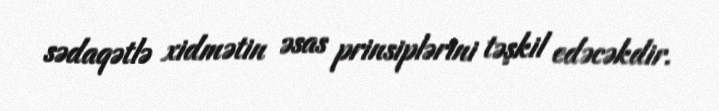
sədaqətlə xidmətin əsas prinsiplərini təşkil edəcəkdir.